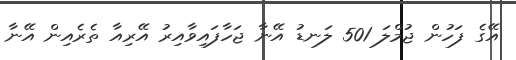
އޭގެ ފަހުން ޖުމްލަ 501 ލަނޑު އޭނާ ޖަހާފައިވާއިރު އޭރިއާ ތެރެއިން އޭނާ